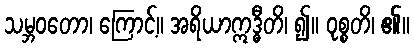
သမ္ဘဝတော၊ ကြောင့်။ အရိယာဣဒ္ဓီတိ၊ ၍။ ဝုစ္စတိ၊ ၏။